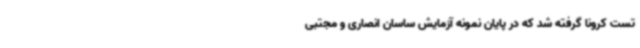
تست کرونا گرفته شد که در پایان نمونه آزمایش ساسان انصاری و مجتبی